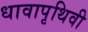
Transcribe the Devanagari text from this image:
धावापृथिवी